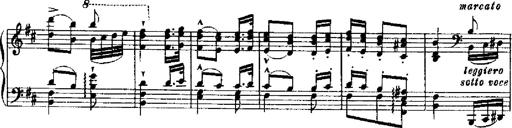
Title: RÃ©miniscences de Robert le diable
Composer: Franz Liszt